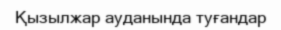
Қызылжар ауданында туғандар